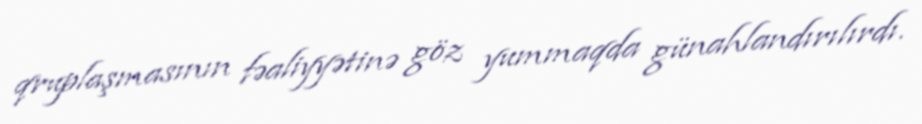
qruplaşmasının fəaliyyətinə göz yummaqda günahlandırılırdı.